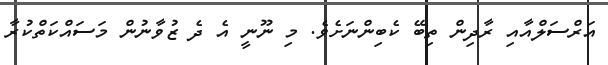
އަރްސަލްއާއި ރާދިން ތިބޭ ކެބިންނަށެވެ. މި ނޫނީ އެ ދެ ޒުވާނުން މަސައްކަތްކުރާ